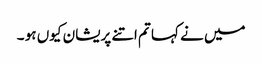
میں نے کہا تم اتنے پریشان کیوں ہو ۔